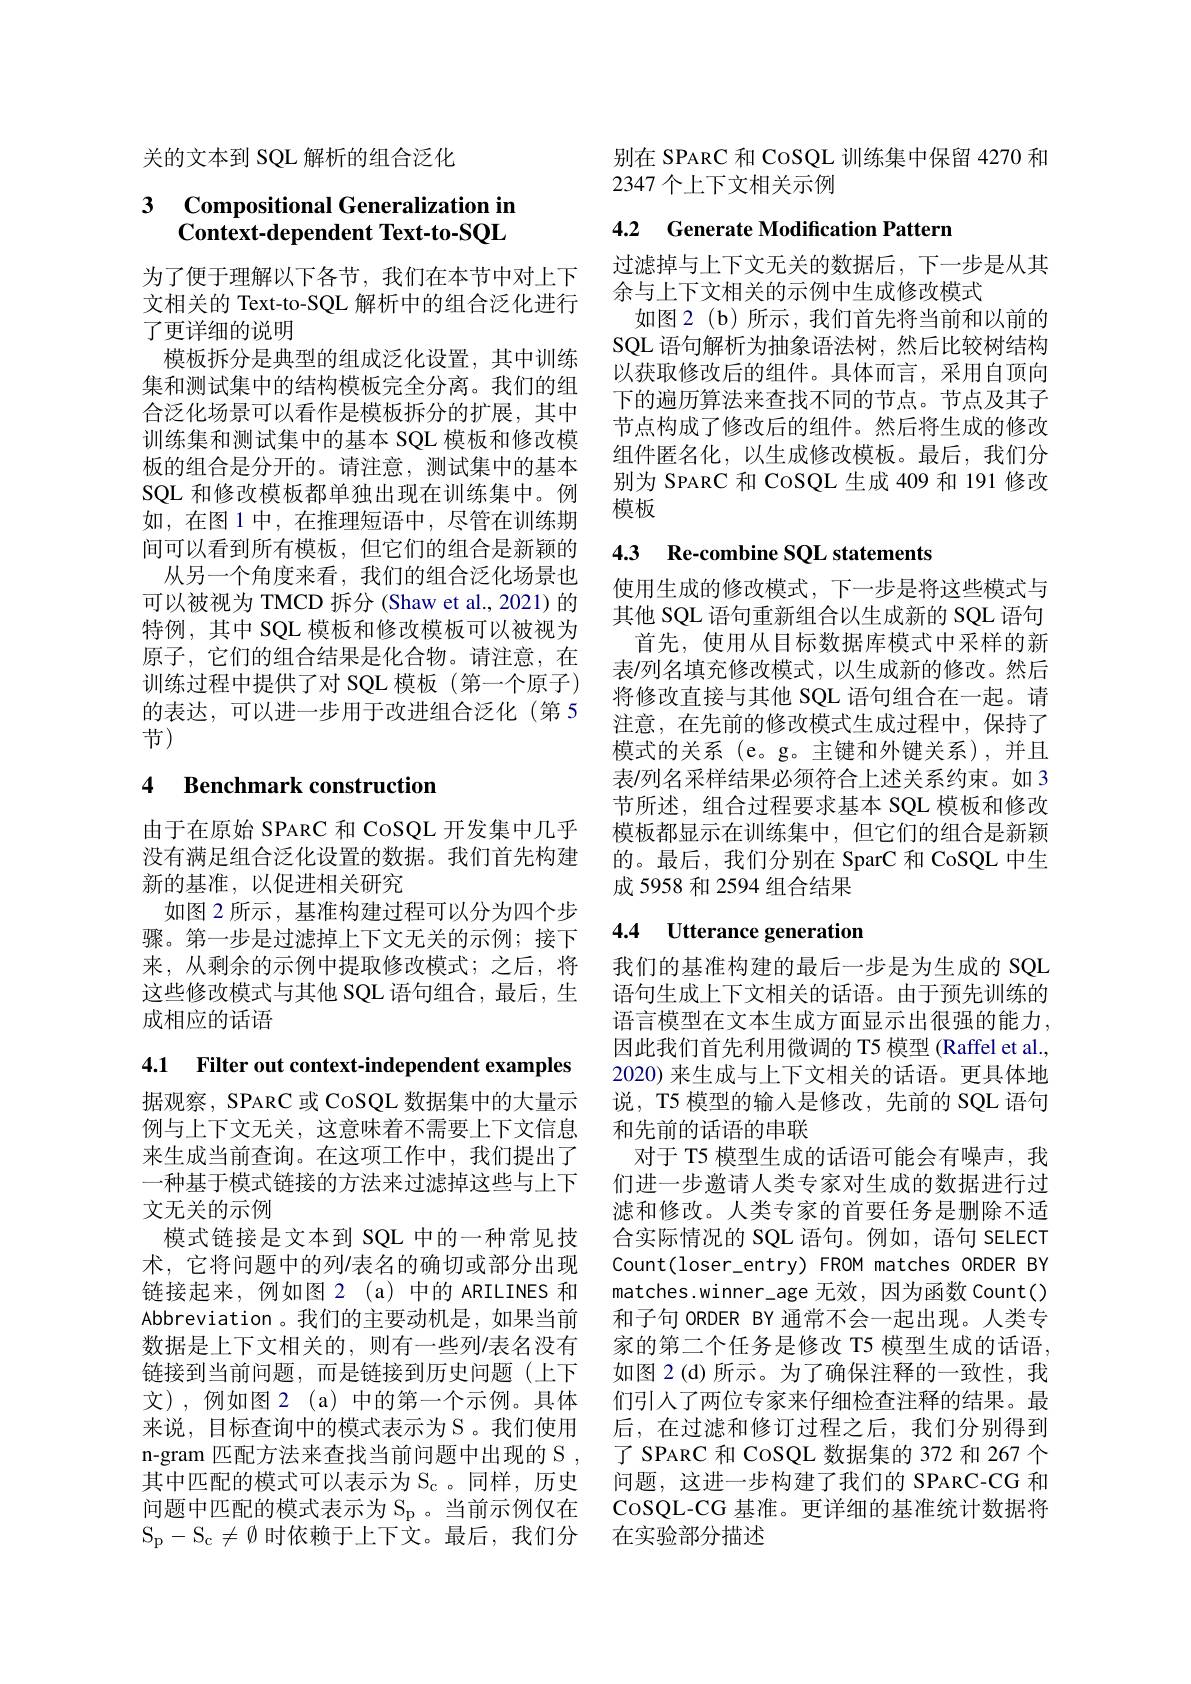
关的文本到 SQL 解析的组合泛化

## 3 Compositional Generalization in Context-dependent Text-to-SQL

为了便于理解以下各节，我们在本节中对上下文相关的 Text-to-SQL 解析中的组合泛化进行了更详细的说明
模板拆分是典型的组成泛化设置，其中训练集和测试集中的结构模板完全分离。我们的组合泛化场景可以看作是模板拆分的扩展，其中训练集和测试集中的基本 SQL 模板和修改模板的组合是分开的。请注意，测试集中的基本SQL 和修改模板都单独出现在训练集中。例如，在图 1 中，在推理短语中，尽管在训练期间可以看到所有模板，但它们的组合是新颖的
从另一个角度来看，我们的组合泛化场景也可以被视为 TMCD 拆分 (Shaw et al., 2021) 的特例，其中 SQL 模板和修改模板可以被视为原子，它们的组合结果是化合物。请注意，在训练过程中提供了对 SQL 模板(第一个原子) 的表达，可以进一步用于改进组合泛化(第 5节)

## 4 Benchmark construction

由于在原始 SPARC 和 CoSQL 开发集中几乎没有满足组合泛化设置的数据。我们首先构建新的基准，以促进相关研究
如图 2 所示，基准构建过程可以分为四个步骤。第一步是过滤掉上下文无关的示例；接下来，从剩余的示例中提取修改模式；之后，将这些修改模式与其他 SQL 语句组合，最后，生成相应的话语

4.1 Filter out context-independent examples

据观察，SPARC 或 CoSQL 数据集中的大量示例与上下文无关，这意味着不需要上下文信息来生成当前查询。在这项工作中，我们提出了一种基于模式链接的方法来过滤掉这些与上下文无关的示例
模式链接是文本到 SQL 中的一种常见技术，它将问题中的列/表名的确切或部分出现链接起来，例如图 2(a) 中的 ARILINES 和Abbreviation 。我们的主要动机是，如果当前数据是上下文相关的，则有一些列/表名没有链接到当前问题，而是链接到历史问题(上下文),例如图 2(a)中的第一个示例。具体来说，目标查询中的模式表示为S。我们使用n-gram 匹配方法来查找当前问题中出现的 S , 其中匹配的模式可以表示为 S 。同样，历史问题中匹配的模式表示为$\mathcal{S}_\mathrm{p}$ 。当前示例仅在$S_p$- $S_c\neq \emptyset$时依赖于上下文。最后，我们分

别在 SPARC 和 CoSQL 训练集中保留 4270 和
2347 个上下文相关示例

## 4.2 Generate Modification Pattern

过滤掉与上下文无关的数据后，下一步是从其
余与上下文相关的示例中生成修改模式
如图 2(b)所示，我们首先将当前和以前的SQL 语句解析为抽象语法树，然后比较树结构以获取修改后的组件。具体而言，采用自顶向下的遍历算法来查找不同的节点。节点及其子节点构成了修改后的组件。然后将生成的修改组件匿名化，以生成修改模板。最后，我们分别为 SPARC 和 CoSQL 生成 409 和 191 修改模板

## 4.3 Re-combine SQL statements

使用生成的修改模式，下一步是将这些模式与其他 SQL 语句重新组合以生成新的 SQL 语句
首先，使用从目标数据库模式中采样的新表/列名填充修改模式，以生成新的修改。然后将修改直接与其他 SQL 语句组合在一起。请注意，在先前的修改模式生成过程中，保持了模式的关系 (e。g。主键和外键关系),并且表/列名采样结果必须符合上述关系约束。如 3节所述，组合过程要求基本 SQL 模板和修改模板都显示在训练集中，但它们的组合是新颖的。最后，我们分别在 SparC 和 CoSQL 中生成 5958 和 2594 组合结果

# 4.4 Utterance generation

我们的基准构建的最后一步是为生成的 SQL 语句生成上下文相关的话语。由于预先训练的语言模型在文本生成方面显示出很强的能力， 因此我们首先利用微调的 T5 模型 (Raffel et al., 2020) 来生成与上下文相关的话语。更具体地说，T5 模型的输入是修改，先前的 SQL 语句和先前的话语的串联
对于 T5 模型生成的话语可能会有噪声，我们进一步邀请人类专家对生成的数据进行过滤和修改。人类专家的首要任务是删除不适合实际情况的 SQL 语句。例如，语句 SELECT Count(loser\_entry) FROM matches ORDER BY matches.winner\_age 无效，因为函数 Count() 和子句 ORDER BY 通常不会一起出现。人类专家的第二个任务是修改 T5 模型生成的话语， 如图 2(d)所示。为了确保注释的一致性，我们引人了两位专家来仔细检查注释的结果。最后，在过滤和修订过程之后，我们分别得到了 SPARC 和 CoSQL 数据集的 372 和 267 个问题，这进一步构建了我们的 SPARC-CG 和CoSQL-CG 基准。更详细的基准统计数据将在实验部分描述